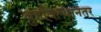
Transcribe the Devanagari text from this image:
बुडविल्यानंतर